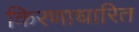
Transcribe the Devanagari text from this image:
किरणाधारित